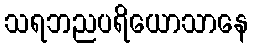
သရဘညပရိယောသာနေ